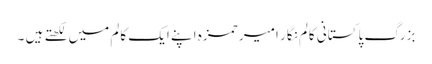
بزرگ پاکستانی کالم نگار امیر حمزہ اپنے ایک کالم میں لکھتے ہیں ۔